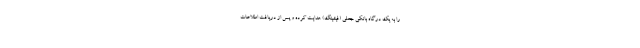
را به یک درگاه بانکی جعلی (فیشینگ) هدایت کرده و پس از دریافت اطلاعات